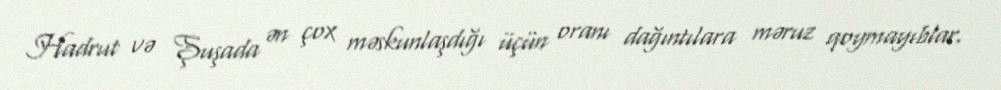
Hadrut və Şuşada ən çox məskunlaşdığı üçün oranı dağıntılara məruz qoymayıblar.